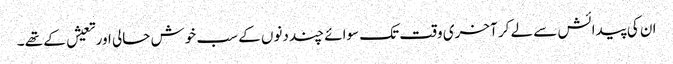
ان کی پیدائش سے لے کر آخری وقت تک سوائے چند دنوں کے سب خوش حالی اور تعیش کے تھے ۔